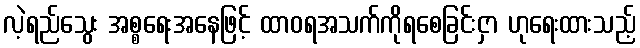
လဲ့ရည်သွေး အစ္စရေးအနေဖြင့် ထာဝရအသက်ကိုရစေခြင်းငှာ ဟုရေးထားသည့်